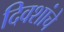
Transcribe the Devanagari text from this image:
दिवशांचे